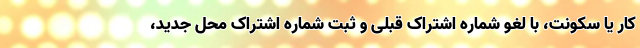
کار یا سکونت، با لغو شماره اشتراک قبلی و ثبت شماره اشتراک محل جدید،